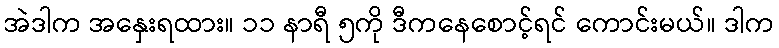
အဲဒါက အနှေးရထား။ ၁၁ နာရီ ၅ကို ဒီကနေစောင့်ရင် ကောင်းမယ်။ ဒါက